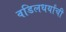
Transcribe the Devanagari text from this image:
वडिलधर्यांची